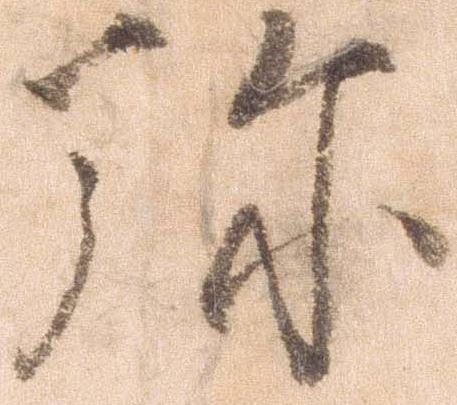
弥